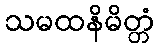
သမထနိမိတ္တံ